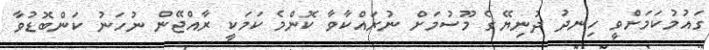
ގައުމުކަމަށްވީ ހިނދު ދުނިޔޭގެ މޫސުމަށް ނުރައްކާވާ ކޮންމެ ކަމަކީ ރާއްޖޭން ނުހަނު ކަންބޮޑުވާ